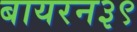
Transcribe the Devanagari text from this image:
बायरन३९